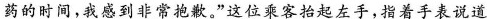
药的时间，我感到非常抱歉。”这位乘客抬起左手，指着手表说道